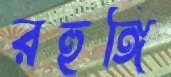
রহুঙ্গি